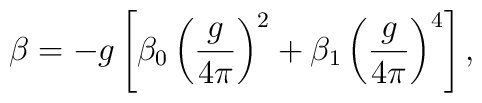
\beta = -g \left[ \beta_{0} \left( \frac{g}{4 \pi} \right)^{2} +\beta_{1} \left( \frac{g}{4 \pi} \right)^{4} \right] ,